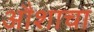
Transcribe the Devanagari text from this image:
औशाचा